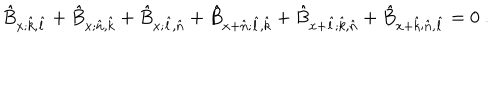
\hat { B } _ { x ; \hat { k } , \hat { l } } + \hat { B } _ { x ; \hat { n } , \hat { k } } + \hat { B } _ { x ; \hat { l } , \hat { n } } + \hat { B } _ { x + \hat { n } ; \hat { l } , \hat { k } } + \hat { B } _ { x + \hat { l } ; \hat { k } , \hat { n } } + \hat { B } _ { x + \hat { k } ; \hat { n } , \hat { l } } = 0 \ .